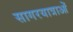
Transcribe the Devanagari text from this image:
सागरयात्राओं